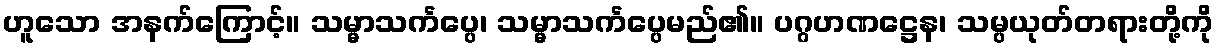
ဟူသော အနက်ကြောင့်။ သမ္မာသင်္ကပ္ပေ၊ သမ္မာသင်္ကပ္ပေမည်၏။ ပဂ္ဂဟဏဋ္ဌေန၊ သမ္ပယုတ်တရားတို့ကို